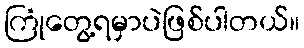
ကြုံတွေ့ရမှာပဲဖြစ်ပါတယ်။